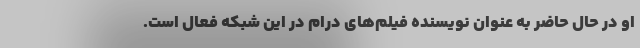
او در حال حاضر به عنوان نویسنده فیلم‌های درام در این شبکه فعال است.